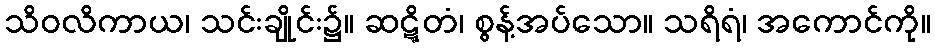
သိဝလိကာယ၊ သင်းချိုင်း၌။ ဆဋ္ဋိတံ၊ စွန့်အပ်သော။ သရိရံ၊ အကောင်ကို။